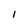
Character: 1